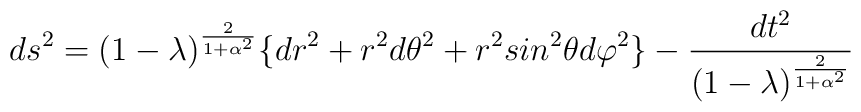
ds^{2} = (1 - \lambda)^{2\over 1 + \alpha^{2}}\lbrace dr^2+r^2d\theta^2+r^2sin^2\theta d\varphi^2\rbrace -{dt^2\over  (1 - \lambda)^{2\over 1 + \alpha^{2}}}